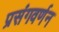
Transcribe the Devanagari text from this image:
प्रसंगवर्णन